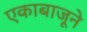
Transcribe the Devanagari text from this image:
एकाबाजूने